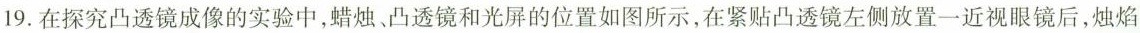
19.在探究凸透镜成像的实验中，蜡烛、凸透镜和光屏的位置如图所示，在紧贴凸透镜左侧放置一近视眼镜后，烛焰